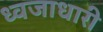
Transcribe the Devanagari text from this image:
ध्‍वजाधारी